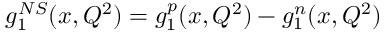
g _ { 1 } ^ { N S } ( x , Q ^ { 2 } ) = g _ { 1 } ^ { p } ( x , Q ^ { 2 } ) - g _ { 1 } ^ { n } ( x , Q ^ { 2 } )